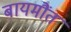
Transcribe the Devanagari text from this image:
बायमौंत